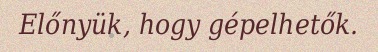
Előnyük, hogy gépelhetők.